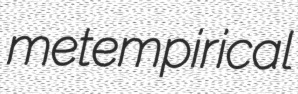
metempirical